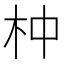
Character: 𣐄